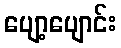
ပျော့ပျောင်း